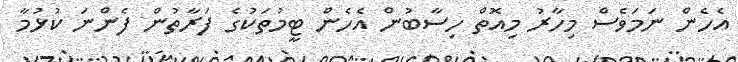
އެހެން ނަމަވެސް މިހާރު މިއޮތް ހިސާބުން އެހެން ޓީމުތަކުގެ ފަރާތުން ފެންނަ ކުޅުމާ